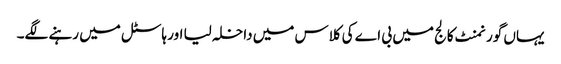
یہاں گورنمنٹ کالج میں بی اے کی کلاس میں داخلہ لیا اور ہاسٹل میں رہنے لگے۔